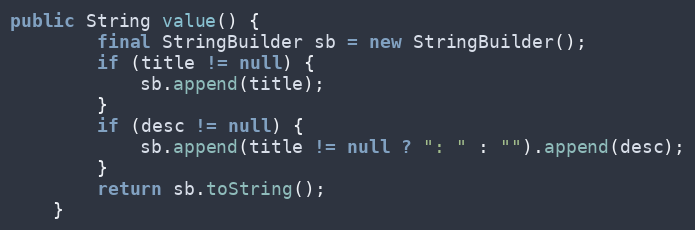
Language: Java
public String value() {
        final StringBuilder sb = new StringBuilder();
        if (title != null) {
            sb.append(title);
        }
        if (desc != null) {
            sb.append(title != null ? ": " : "").append(desc);
        }
        return sb.toString();
    }